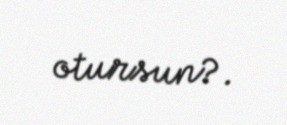
otursun?.